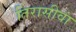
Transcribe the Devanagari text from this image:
तिरासीवां